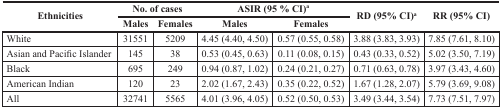
| <ROWSPAN=2> Ethnicities | <COLSPAN=2> No. of cases | <COLSPAN=2> ASIR (95% CI)a | <ROWSPAN=2> RD (95% CI)a | <ROWSPAN=2> RR (95% CI) |
 | Males | Females | Males | Females |
 | --- | --- | --- | --- | --- | --- | --- |
 | White | 31551 | 5209 | 4.45 (4.40, 4.50) | 0.57 (0.55, 0.58) | 3.88 (3.83, 3.93) | 7.85 (7.61, 8.10) |
 | Asian and Pacific Islander | 145 | 38 | 0.53 (0.45, 0.63) | 0.11 (0.08, 0.15) | 0.43 (0.33, 0.52) | 5.02 (3.50, 7.19) |
 | Black | 695 | 249 | 0.94 (0.87, 1.02) | 0.24 (0.21, 0.27) | 0.71 (0.63, 0.78) | 3.97 (3.43, 4.60) |
 | American Indian | 120 | 23 | 2.02 (1.67, 2.43) | 0.35 (0.22, 0.52) | 1.67 (1.28, 2.07) | 5.79 (3.69, 9.08) |
 | All | 32741 | 5565 | 4.01 (3.96, 4.05) | 0.52 (0.50, 0.53) | 3.49 (3.44, 3.54) | 7.73 (7.51, 7.97) |